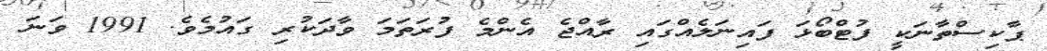
ޕާކިސްތާނަކީ ފުޓްބޯޅަ ފައިނަލެއްގައި ރާއްޖެ އެންމެ ފުރަތަމަ ވާދަކުރި ގައުމެވެ. 1991 ވަނަ